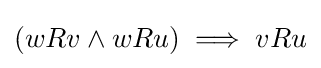
(wRv\land wRu)\implies vRu